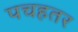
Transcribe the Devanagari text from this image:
पचहतर